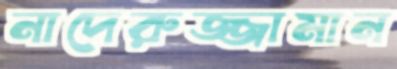
নাদেরুজ্জামান